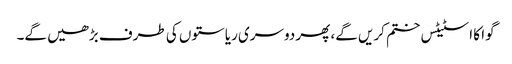
گوا کا اسٹیٹس ختم کریں گے، پھر دوسری ریاستوں کی طرف بڑھیں گے۔